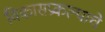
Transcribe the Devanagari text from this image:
विकासप्रकल्पाचे